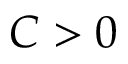
C > 0